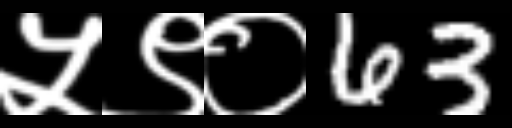
Text: ५९०63